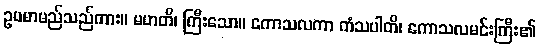
ဥပမာမည်သည်ကား။ မဟတိ၊ ကြီးသော။ ကောသလကာ ကံသပါတိ၊ ကောသလမင်းကြီး၏